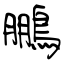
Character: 鵬